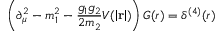
\left( \partial _ { \mu } ^ { 2 } - m _ { 1 } ^ { 2 } - \frac { g _ { 1 } g _ { 2 } } { 2 m _ { 2 } } V ( \left| { \bf r } \right| ) \right) G ( r ) = \delta ^ { ( 4 ) } ( r )